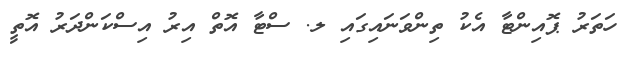
ހަތަރު ޕޮއިންޓާ އެކު ތިންވަނައިގައި ލ. ސްޓާ އޮތް އިރު އިސްކަންދަރު އޮތީ